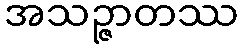
အသဉ္ဇာတဿ